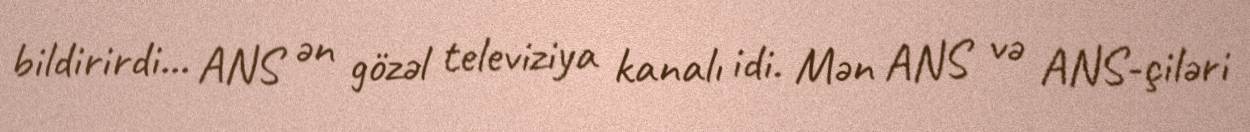
bildirirdi... ANS ən gözəl televiziya kanalı idi. Mən ANS və ANS-çiləri